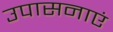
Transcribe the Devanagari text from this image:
उपासनाएं